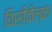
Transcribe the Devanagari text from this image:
विसीकैल्क